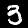
Label: 3